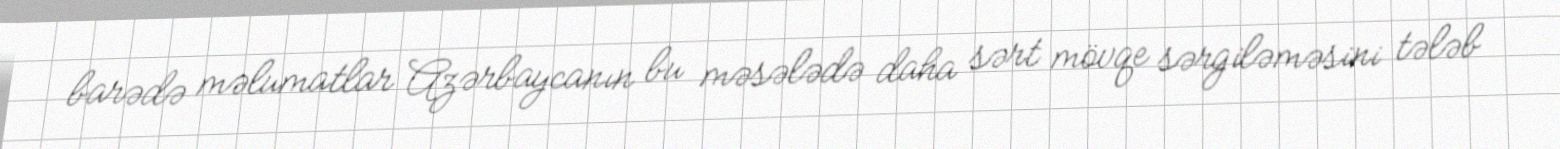
barədə məlumatlar Azərbaycanın bu məsələdə daha sərt mövqe sərgiləməsini tələb